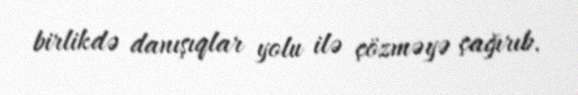
birlikdə danışıqlar yolu ilə çözməyə çağırıb.